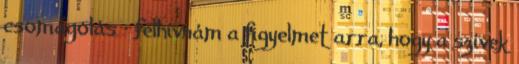
csomagolás – felhívnám a figyelmet arra, hogy a szívek